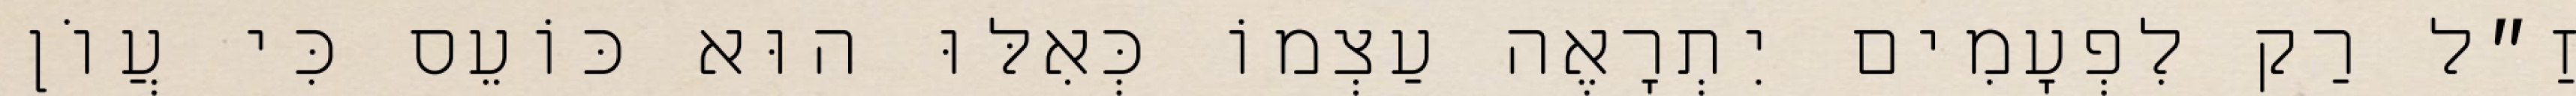
זַ״ל רַק לִפְעָמִים יִתְרָאֶה עַצְמוֹ כְּאִלּוּ הוּא כּוֹעֵס כִּי עֲוֹן